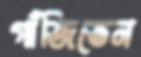
গাঁজিতেন